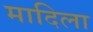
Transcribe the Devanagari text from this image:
मादिला